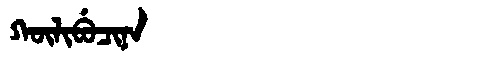
Manchu: ᡴᡡᠯᡳᠪᡠᠴᡳᠨᠠ
Romanization: KŪLIBUCINA